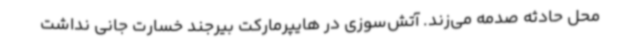
محل حادثه صدمه می‌زند. آتش‌سوزی در هایپرمارکت بیرجند خسارت جانی نداشت